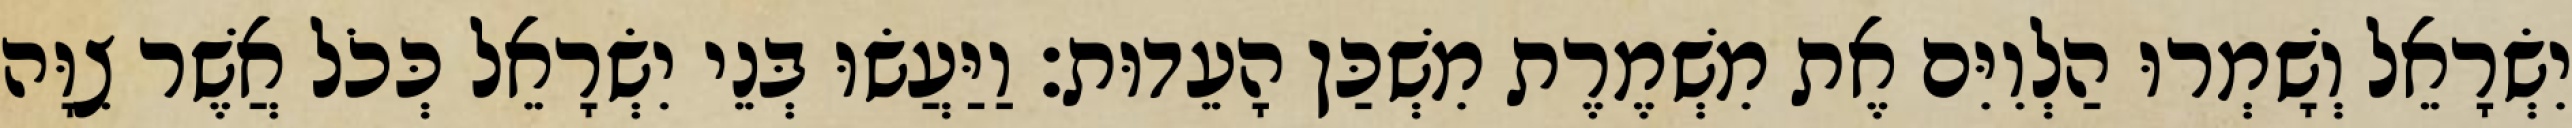
יִשְׂרָאֵל וְשָׁמְרוּ הַלְוִיִּם אֶת מִשְׁמֶרֶת מִשְׁכַּן הָעֵדוּת׃ וַיַּעֲשׂוּ בְּנֵי יִשְׂרָאֵל כְּכֹל אֲשֶׁר צִוָּה